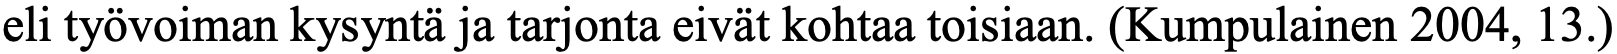
eli työvoiman kysyntä ja tarjonta eivät kohtaa toisiaan. (Kumpulainen 2004, 13.)